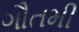
ગૌતમી